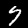
Label: 7